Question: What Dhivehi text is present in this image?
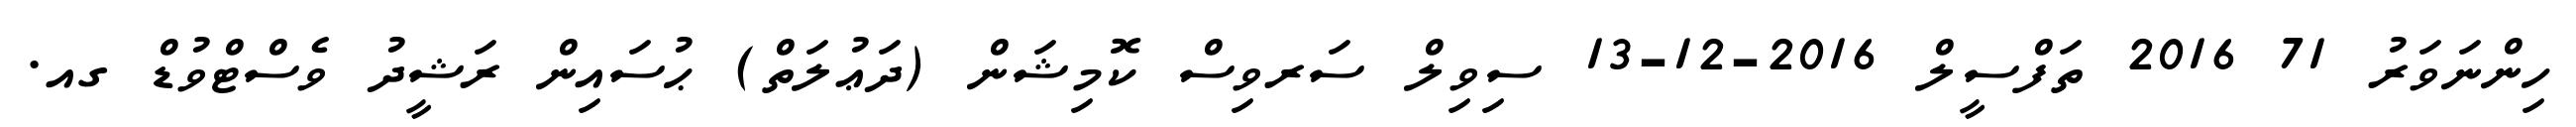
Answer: ހިންނަވަރު 71 2016 ތަފްސީލް 2016-12-13 ސިވިލް ސަރވިސް ކޮމިޝަން (ދަޢުލަތް) ޙުސައިން ރަޝީދު ވެސްޓްވުޑް ގއ.